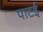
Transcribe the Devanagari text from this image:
पाटई